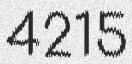
4215